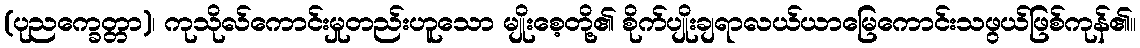
(ပုညက္ခေတ္တာ)၊ ကုသိုလ်ကောင်းမှုတည်းဟူသော မျိုးစေ့တို့၏ စိုက်ပျိုးချရာလယ်ယာမြေကောင်းသဖွယ်ဖြစ်ကုန်၏။